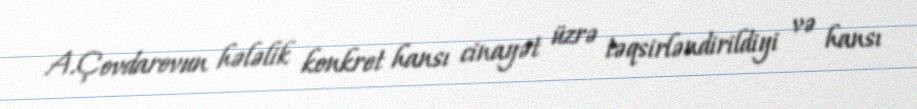
A.Çovdarovun hələlik konkret hansı cinayət üzrə təqsirləndirildiyi və hansı